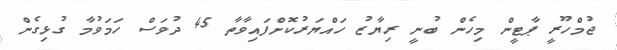
ޖުމްހޫރީ ޕާޓީން މިހެން ބުނީ ރިޔާޒު ހައްޔަރުކޮށްފައިވާތާ 45 ދުވަސް ހަމަވުމާ ގުޅިގެން